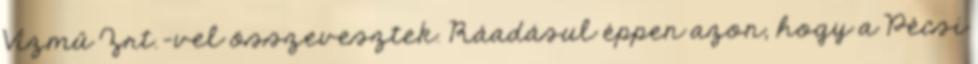
Vízmű Zrt.-vel összevesztek. Ráadásul éppen azon, hogy a Pécsi